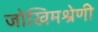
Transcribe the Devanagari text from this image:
जोखिमश्रेणी